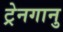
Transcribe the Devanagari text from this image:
ट्रेनगानु